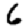
Digit: 6